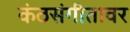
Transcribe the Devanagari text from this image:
कंठसंगीतावर